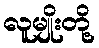
လူမျိုးတို့